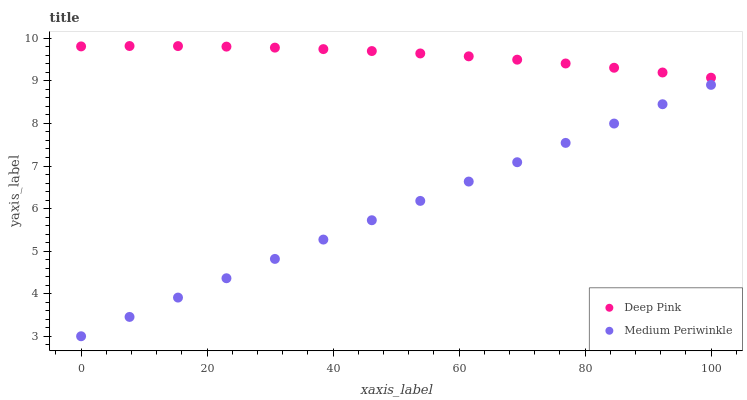
| xaxis_label | Deep Pink | Medium Periwinkle |
 | --- | --- | --- |
 | 0 | 9.81 | 3 |
 | 7.69 | 9.82 | 3.45 |
 | 15.4 | 9.82 | 3.91 |
 | 23.1 | 9.81 | 4.36 |
 | 30.8 | 9.78 | 4.82 |
 | 38.5 | 9.75 | 5.27 |
 | 46.2 | 9.7 | 5.73 |
 | 53.8 | 9.64 | 6.18 |
 | 61.5 | 9.58 | 6.63 |
 | 69.2 | 9.5 | 7.09 |
 | 76.9 | 9.41 | 7.54 |
 | 84.6 | 9.31 | 8 |
 | 92.3 | 9.2 | 8.45 |
 | 100 | 9.07 | 8.91 |